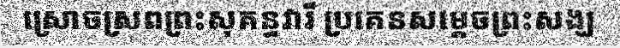
ស្រោចស្រពព្រះសុគន្ធវារី ប្រគេនសម្តេចព្រះសង្ឃ